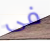
فى